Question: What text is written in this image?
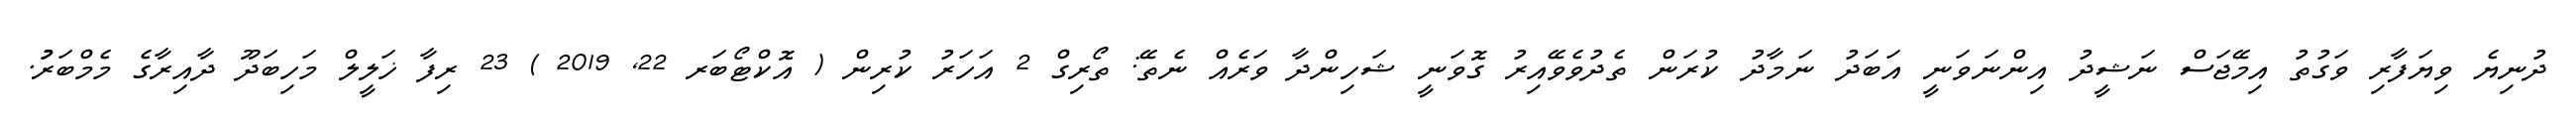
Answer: ދުނިޔެ ވިޔަފާރި ވަގުތު އިމޭޖަސް ނަޝީދު އިންނަވަނީ އަބަދު ނަމާދު ކުރަން ތެދުވެވޭއިރު ގޮވަނީ ޝަހިންދާ ވަރެއް ނެތޭ: ތޯރިގް 2 އަހަރު ކުރިން ( އޮކްޓޯބަރ 22, 2019 ) 23 ރިފާ ޚަލީލް މަހިބަދޫ ދާއިރާގެ މެމްބަރުު.